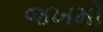
જખમો